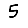
Digit: 5